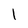
Character: l